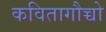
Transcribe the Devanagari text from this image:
कवितागौच्चो